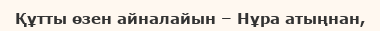
Құтты өзен айналайын – Нұра атыңнан,